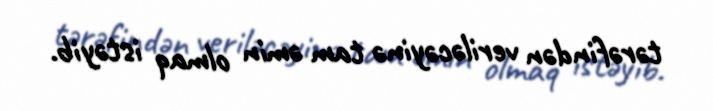
tərəfindən veriləcəyinə tam əmin olmaq istəyib.